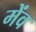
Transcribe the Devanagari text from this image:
मेंव